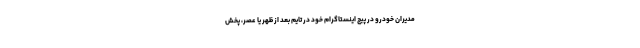
مدیران خودرو در پیج اینستاگرام خود در تایم بعد از ظهر یا عصر، پخش